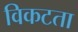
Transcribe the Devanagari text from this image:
विकटता